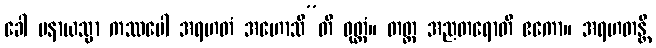
ခေါ ပနာယသ္မာ ကဿပေါ အရဟတံ အဟောသီ”တိ ဝုတ္တံ။ တတ္ထ အညတရောတိ ဧကော။ အရဟတန္တိ